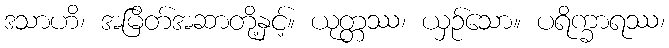
ဒသာဟိ၊ အမြိတ်အဆာတို့နှင့်။ ယုတ္တဿ၊ ယှဉ်သော။ ပရိက္ခာရဿ၊